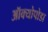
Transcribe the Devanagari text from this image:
ऑक्योपोडा